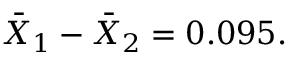
{ \bar { X } } _ { 1 } - { \bar { X } } _ { 2 } = 0 . 0 9 5 .